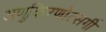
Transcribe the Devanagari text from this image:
अणुकिरणोत्सर्गी